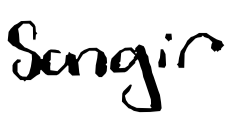
Text: Sangir
Cross-out: clean
Writing tool: digital_black